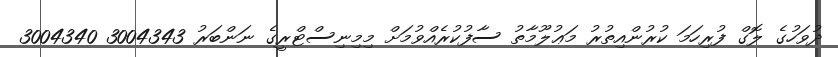
ދުވަހުގެ ލޮގް ފުރިހަމަ ކުރުންއިތުރު މަޢުލޫމާތު ސާފުކުރެއްވުމަށް މިމިނިސްޓްރީގެ ނަންބަރު 3004343 3004340